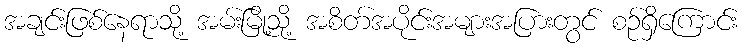
အချင်းဖြစ်နေရာသို့ အမ်းမြို့သို့ အစိတ်အပိုင်းအများအပြားတွင် စဉ်ရှိကြောင်း